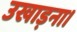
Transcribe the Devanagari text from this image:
उखाड़ना।